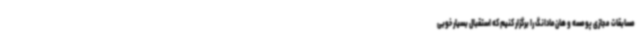
مسابقات مجازی پومسه و هان‌مادانگ را برگزار کنیم که استقبال بسیار خوبی